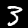
Digit: 3